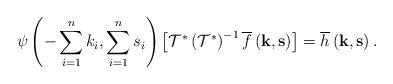
LaTeX: \begin{align*}\psi\left(-\sum_{i=1}^{n}k_{i},\sum_{i=1}^{n}s_{i}\right)\left[\mathcal{T}^{*}\left(\mathcal{T}^{*}\right)^{-1}\overline{f}\left(\mathbf{k},\mathbf{s}\right)\right]=\overline{h}\left(\mathbf{k},\mathbf{s}\right).\end{align*}